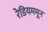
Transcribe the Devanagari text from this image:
रेडियममून